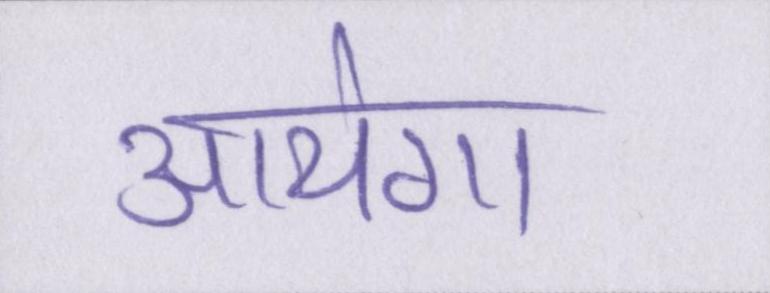
आयेगा